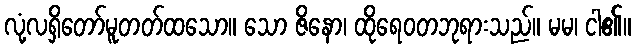
လုံ့လရှိတော်မူတတ်ထသော။ သော ဇိနော၊ ထိုရေဝတဘုရားသည်။ မမ၊ ငါ၏။